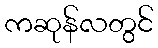
ကဆုန်လတွင်